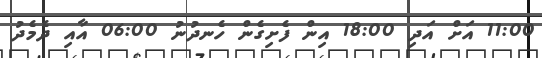
11:00 އަށް އަދި 18:00 އިން ފެށިގެން ހެނދުނު 06:00 އާއި ދެމެދު